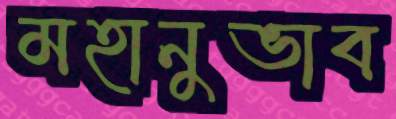
মহানুভাব